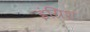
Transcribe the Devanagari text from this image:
इंग्रिश